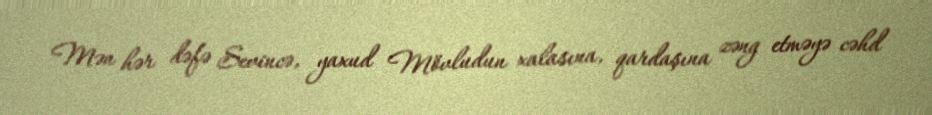
Mən hər dəfə Sevincə, yaxud Mövludun xalasına, qardaşına zəng etməyə cəhd